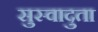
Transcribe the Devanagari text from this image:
सुस्वादुता